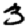
Digit: 3